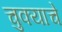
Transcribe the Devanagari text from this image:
चुक्याचे